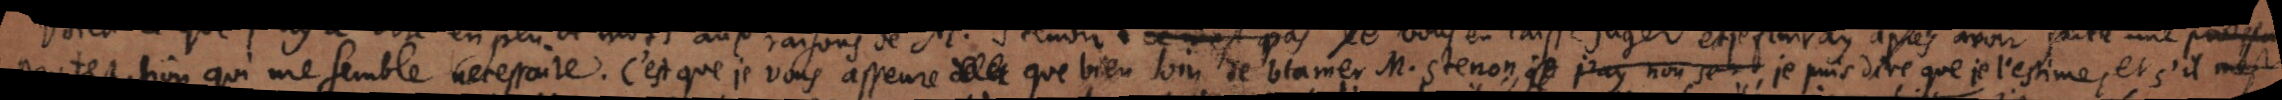
protestation qui me semble necessaire. C’est que je vous asseure que bien loin de blamer M. Stenon je puis dire que je l’estime, et s’il m’est